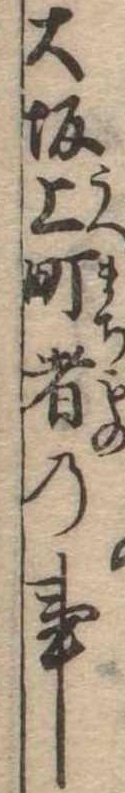
大坂上町者の事